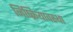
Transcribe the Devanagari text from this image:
निष्क्रियावस्था